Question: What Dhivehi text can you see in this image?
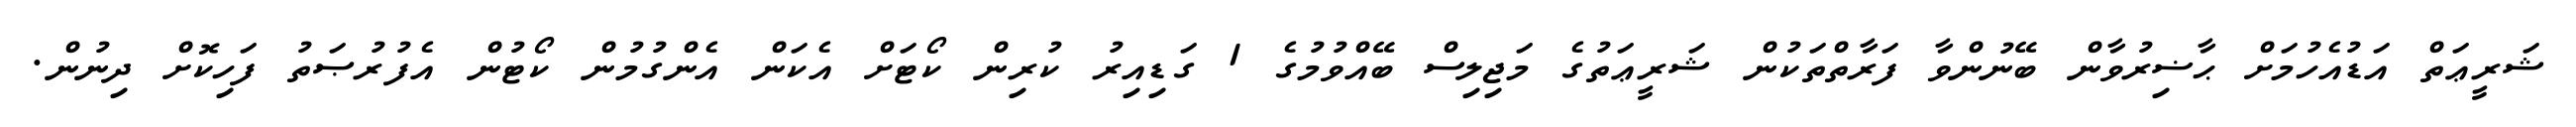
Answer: ޝަރީޢަތް އަޑުއެހުމަށް ޙާޟިރުވާން ބޭނުންވާ ފަރާތްތަކުން ޝަރީޢަތުގެ މަޖިލިސް ބޭއްވުމުގެ 1 ގަޑިއިރު ކުރިން ކޯޓަށް އެކަން އެންގުމުން ކޯޓުން އެފުރުޞަތު ފަހިކޮށް ދިނުން.